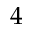
4